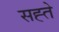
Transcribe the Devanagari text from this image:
सह्ते